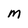
Character: M